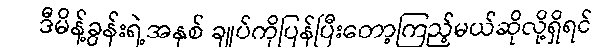
ဒီမိန့်ခွန်းရဲ့အနှစ် ချုပ်ကိုပြန်ပြီးတော့ကြည့်မယ်ဆိုလို့ရှိရင်